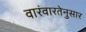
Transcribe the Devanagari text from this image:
वारंवारतेनुसार